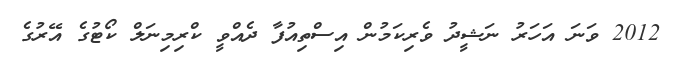
2012 ވަނަ އަހަރު ނަޝީދު ވެރިކަމުން އިސްތިއުފާ ދެއްވީ ކްރިމިނަލް ކޯޓުގެ އޭރުގެ